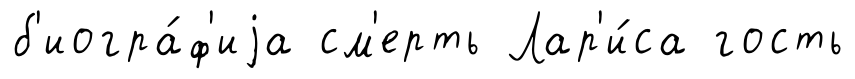
б'иогра́ф'иjа см'ерть Лар'и́са гость